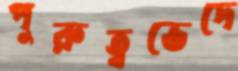
পুরুত্বভেদে